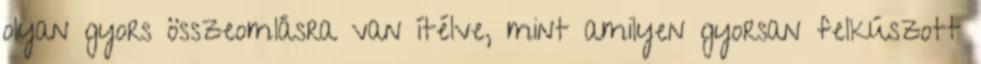
olyan gyors összeomlásra van ítélve, mint amilyen gyorsan felkúszott